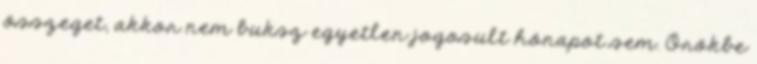
összeget, akkor nem buksz egyetlen jogosult hónapot sem. Örökbe